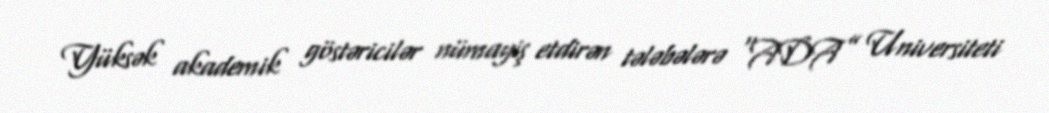
Yüksək akademik göstəricilər nümayiş etdirən tələbələrə “ADA” Universiteti